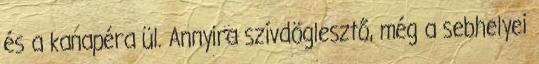
és a kanapéra ül. Annyira szívdöglesztő, még a sebhelyei